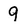
Character: 9